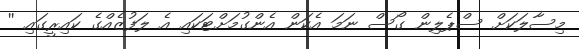
މިސާލަކަށް ސްޕެލިން ގޯސް ނަމަ އެކަން އެންގުމަށްޓަކައި އެ ލަފުޒެއްގެ ކައިރީގައި ''